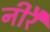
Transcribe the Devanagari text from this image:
नीरै